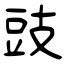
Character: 豉